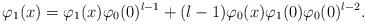
LaTeX: \begin{align*} \varphi_{1}(x)= \varphi_{1}(x)\varphi_{0}(0)^{l-1} +(l-1)\varphi_{0}(x)\varphi_{1}(0)\varphi_{0}(0)^{l-2}. \end{align*}